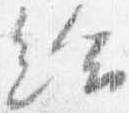
給